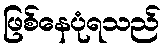
ဖြစ်နေပုံရသည်